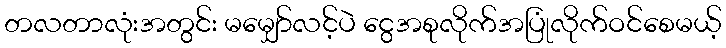
တလတာလုံးအတွင်း မမျှော်လင့်ပဲ ငွေအစုလိုက်အပြုံလိုက်ဝင်စေမယ့်